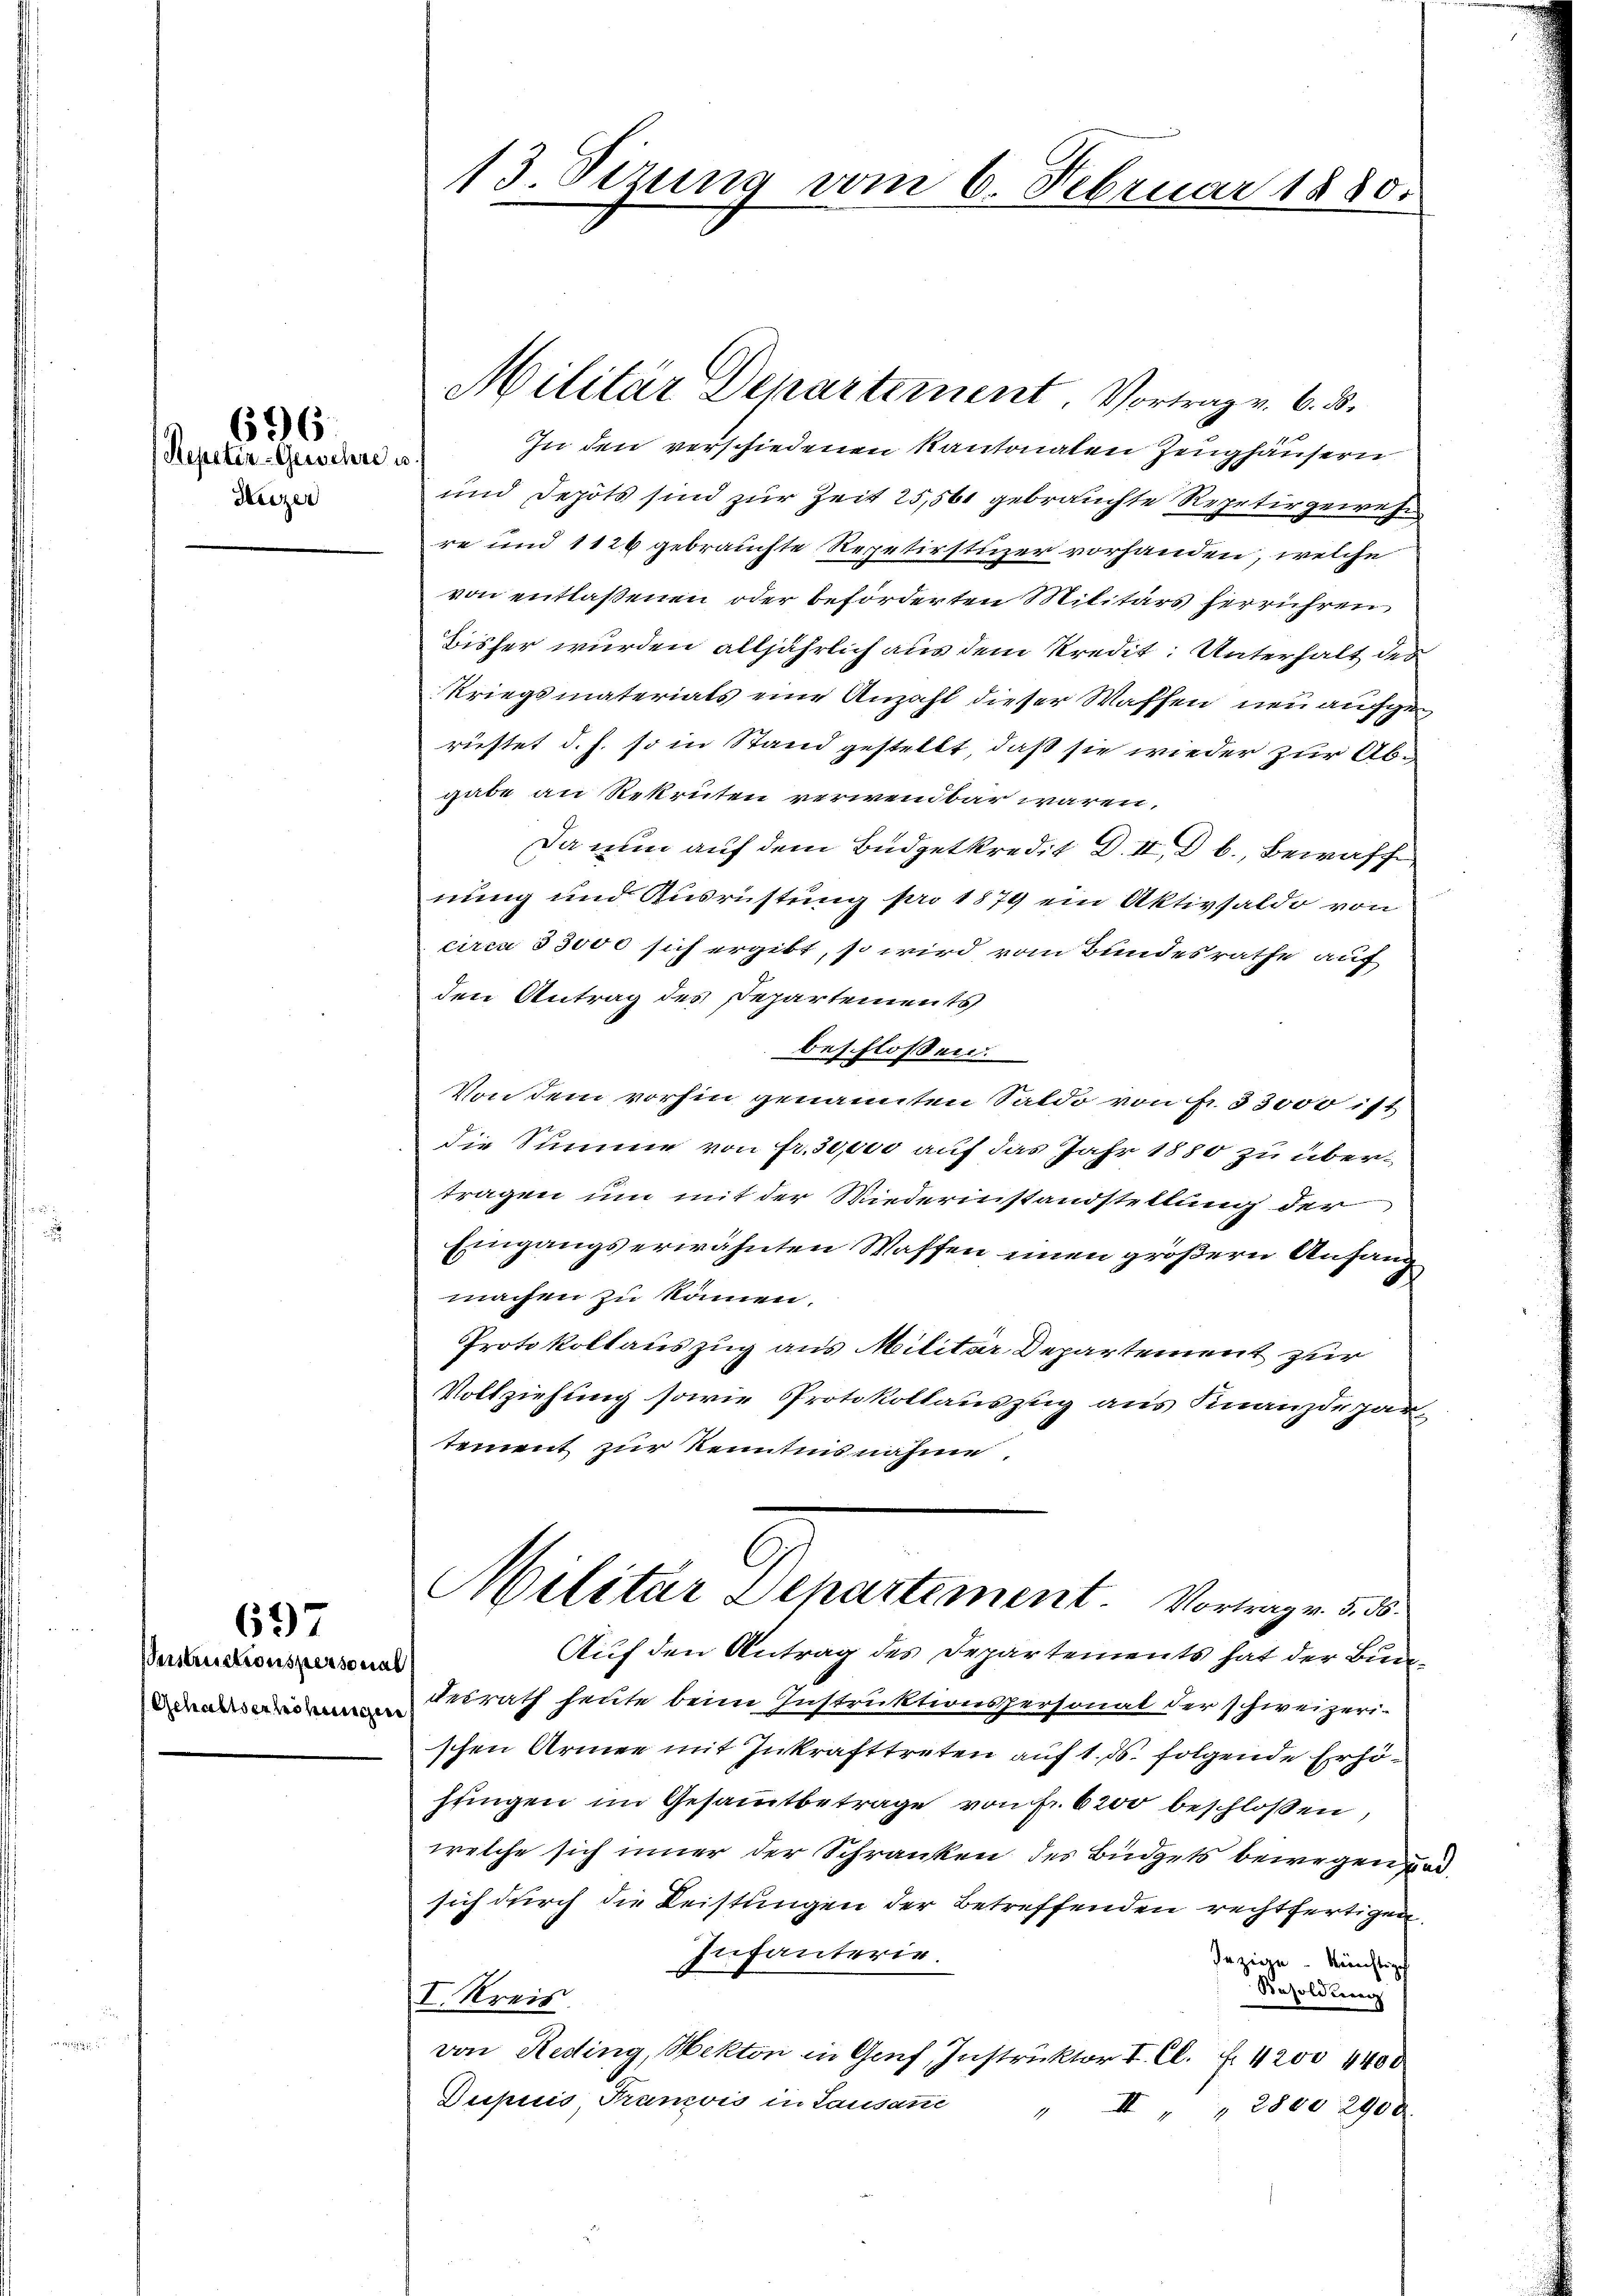
696.

Repetir-Gewehre u
Heizer

69

Verstructionspersonal
Gehaltserhöhungen

13. Sizung vom 6. Februar 1880.

In den verschiedenen Kantonalen Zeughäusern
und Depots sind zur Zeit 25, 561 gebrauchte Repetir gewese
re und 1126 gebrauchte Repetirstüzer vorhanden, welche
von entlaßenen oder beförderten Militärs herrühren
Bisher wurden alljährlich aus dem Kredit: Unterhalt des
Kriegsmaterials eine Anzahl dieser Waffen neu aufge
rüstet d. h. so in Stand gestellt, daß sie wieder zur Abgabe an Rekruten verwendbar wären,
Da nun auf dem Büdgetkredit d. II, d b., Bewaff
nung und Ausrüstung pro 1879 ein Aktivsaldo von
circa 33000 sich ergibt, so wird vom Bundesrathe auf
den Antrag des Departements
beschlossen:
Von dem vorhin genannten Saldo von Nr. 33000 ist
die Summe von fr. 30,000 auf das Jahr 1880 zu übertragen um mit der Wiederinstandstellung der
Eingangserwähnten Waffen einen größern Anfang
machen zu können.
Protokollauszug aus Militar Departement zur
Vollziehung sowie Protokollauszug aus Finanzdepartement zur Kenntnisnahme.
Militar Departement Vortrag v. 5. 56
Auf den Antrag des Departements hat der Bundesrath heute beim Instruktionspersonat der schweizerischen Armen mit Inkrafttreten auf 1. ds. folgende Erhöjungen im Gesammtbetrage von fr. 6200 beschloßen,
welche sich inner der Schranken des Büdgets bewegen
sich durch die Leistungen der Betreffenden rechtfertigen
Infanterie.
Jezige Rechtig
Besoldung
I. Kreis.
von Reding, Hekton in Genf, Instruktor I. Cl. 7. 1200 1400
Dupuis Franzis in Lausan
"II " " 2800 2900.

Militär Departement. Vortrag v. 6. 8.

id